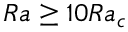
R a \geq 1 0 R a _ { c }